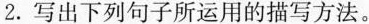
2.写出下列句子所运用的描写方法。